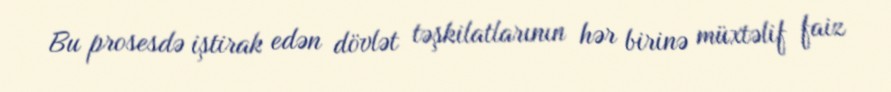
Bu prosesdə iştirak edən dövlət təşkilatlarının hər birinə müxtəlif faiz